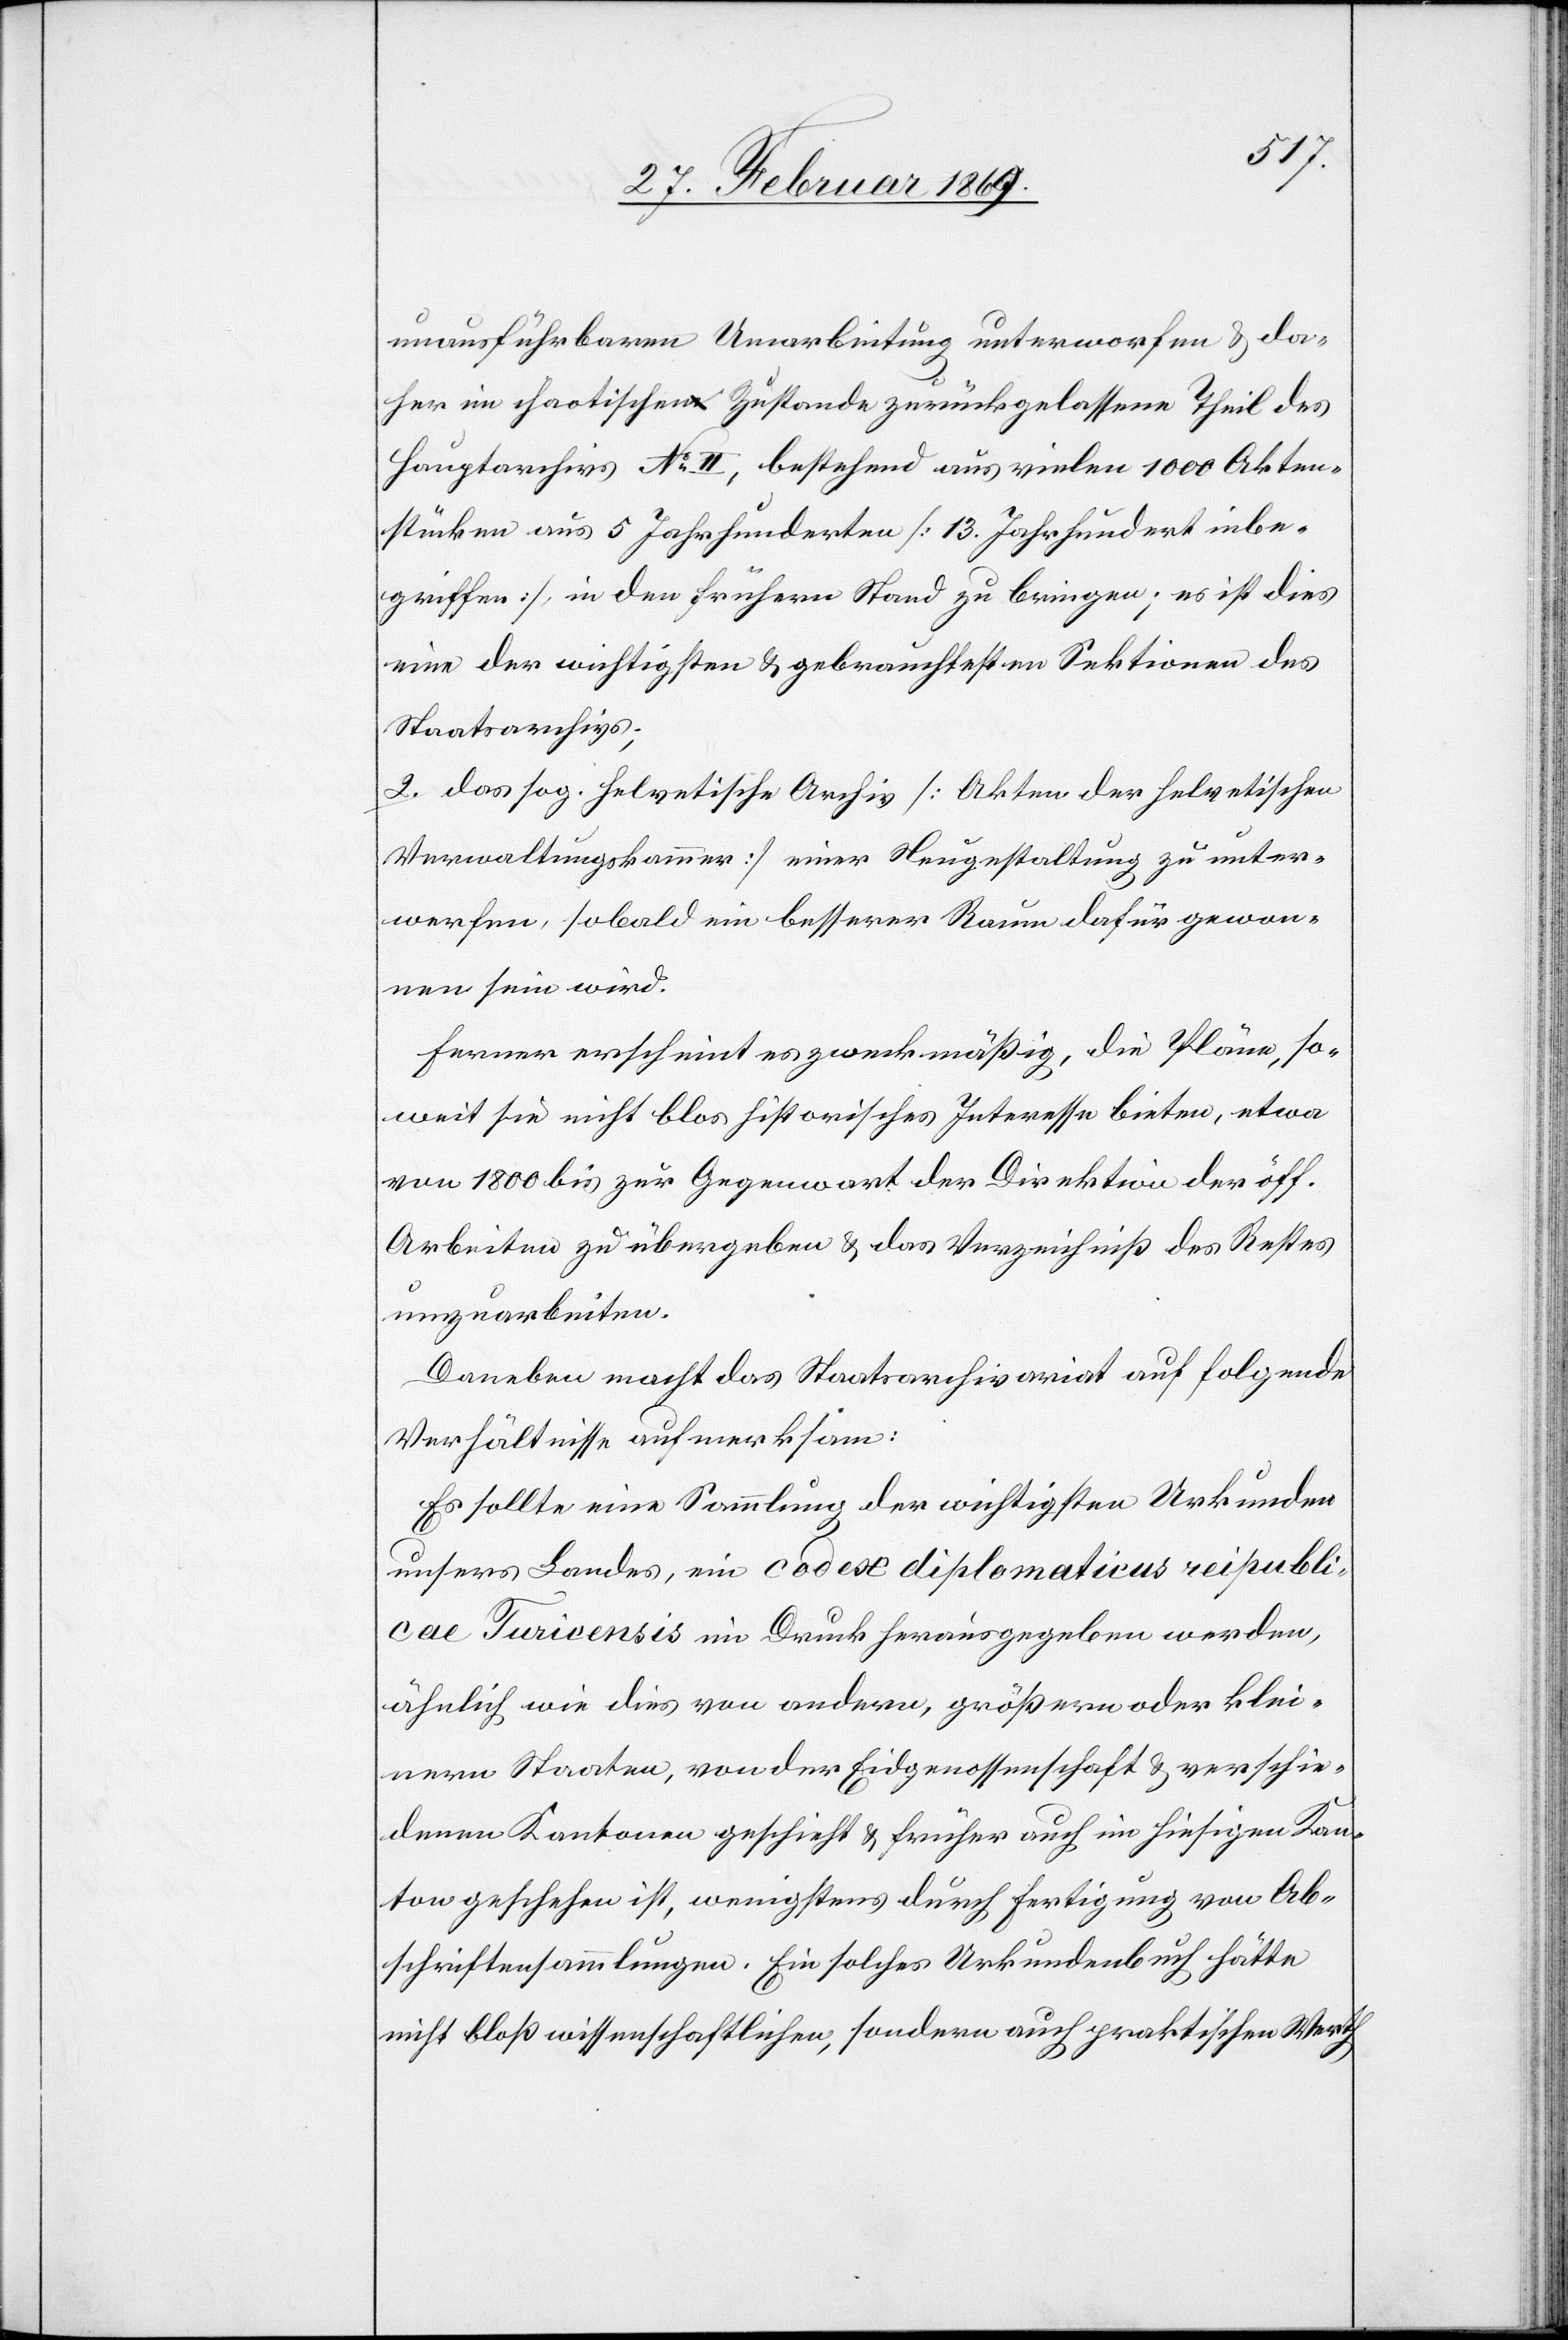
unausführbaren Umarbeitung unterworfen & da¬
her im chaotischen Zustande zurückgelassene Theil des
Hauptarchivs N° II, bestehend aus vielen 1000 Akten¬
stücken aus 5 Jahrhunderten [13 Jahrhundert inbe¬
griffen], in den frühern Stand zu bringen; es ist dies
eine der wichtigsten & gebrauchtesten Sektionen des
Staatsarchivs;
2. das sog. helvetische Archiv [Akten der helvetischen
Verwaltungskammer] einer Neugestaltung zu unter¬
werfen, sobald ein besserer Raum dafür gewon¬
nen sein wird.
Ferner erscheint es zweckmäßig, die Pläne, so¬
weit sie nicht blos historisches Interesse bieten, etwa
von 1800 bis zur Gegenwart der Direktion der öff.
Arbeiten zu übergeben & das Verzeichniß des Rechtes
umzuarbeiten.
Daneben macht das Staatsarchivariat auf folgende
Verhältnisse aufmerksam:
Es sollte eine Sammlung der wichtigsten Urkunden
unsers Landes, ein codex diplomaticus republi¬
caue Turciensis im Druck herausgegeben werden,
ähnlich wie dies von andern, größern oder klei¬
nern Staaten, von der Eidgenossenschaft & verschie¬
denen Kantonen geschieht & früher auch im hiesigen Kan¬
ton geschehen ist, wenigstens durch Fertigung von Ab¬
schriftensammlungen. Ein solches Urkundenbuch hätte
nicht bloß wissenschaftlichen, sondern auch praktischen Werth